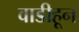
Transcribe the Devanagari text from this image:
वाडीहून